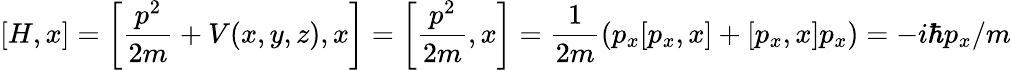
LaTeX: [H,x]=\left[{\frac{p^{2}}{2m}}+V(x,y,z),x\right]=\left[{\frac{p^{2}}{2m}},x\right]={\frac{1}{2m}}(p_{x}[p_{x},x]+[p_{x},x]p_{x})=-i\hbar p_{x}/m